Philaematomyia insignis, Austen - Number 54
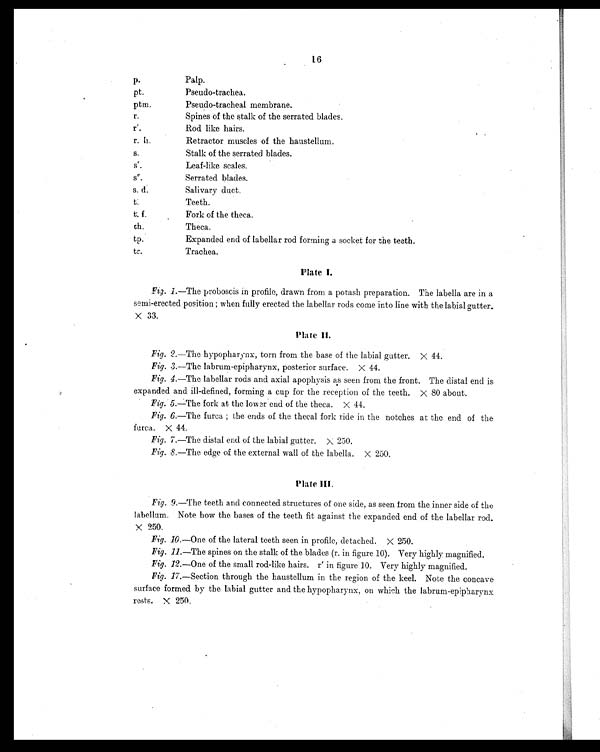
16
p.
Palp.
pt.
Pseudo-trachea..
ptm.
Pseudo-tracheal membrane.
r.
Spines of the stalk of the serrated blades.
r'.
Rod like hairs.
r. h.
Retractor muscles of the haustellum.
s.
Stalk of the serrated blades.
s'.
Leaf-like scales.
s".
Serrated blades.
s. d.
Salivary duct.
t.
Teeth.
t. f.
Fork of the theca.
th.
Theca.
tp.
Expanded end of labellar rod forming a socket for the teeth.
tr.
Trachea.
Plate I.
Fig . 1 .—The proboscis in profile, drawn from a potash preparation. The labella are in a
semi-erected position; when fully erected the labellar rods come into line with the labial gutter.
X 33.
Plate II.
Fig. 2.—The hypopharynx, torn from the base of the labial gutter. X 44.
Fig. 3 .—The labrum-epipharynx, posterior surface. X 44.
Fig. 4 .—The labellar rods arid axial apophysis as seen from the front. The distal end is
expanded and ill-defined, forming a cup for the reception of the teeth. X 80 about.
Fig. 5 .—The fork at the lower end of the theca. X 44.
Fig. 6.—The furca; the ends of the thecal fork ride in the notches at the end of the
furca. X 44.
Fig. 7.—The distal end of the labial gutter. X 250.
Fig. 8.—The edge of the external wall of the labella. X 250.
Plate III.
Fig. 9 .—The teeth and connected structures of one side, as seen from the inner side of the
labellum. Note how the bases of the teeth fit against the expanded end of the labellar rod.
X 250.
Fig. 10 .—One of the lateral teeth seen in profile, detached. X 250.
Fig. 11 .—The spines on the stalk of the blades (r. in figure 10). Very highly magnified.
Fig. 12 .—One of the small rod-like hairs. r' in figure 10. Very highly magnified.
Fig. 17 .—Section through the haustellum in the region of the keel. Note the concave
surface formed by the labial gutter and the hypopharynx, on which the labrum-epipharvnx
rests, X 250.